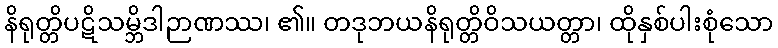
နိရုတ္တိပဋိသမ္ဘိဒါဉာဏဿ၊ ၏။ တဒုဘယနိရုတ္တိဝိသယတ္တာ၊ ထိုနှစ်ပါးစုံသော